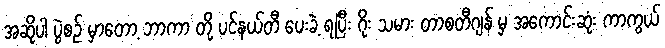
အဆိုပါ ပွဲစဉ် မှာတော့ ဘာကာ တို့ ပင်နယ်တီ ပေးခဲ့ ရပြီး ဂိုး သမား တာစတီဂျန် မှ အကောင်းဆုံး ကာကွယ်